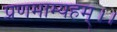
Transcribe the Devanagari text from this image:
प्रणमाम्यहम्।।